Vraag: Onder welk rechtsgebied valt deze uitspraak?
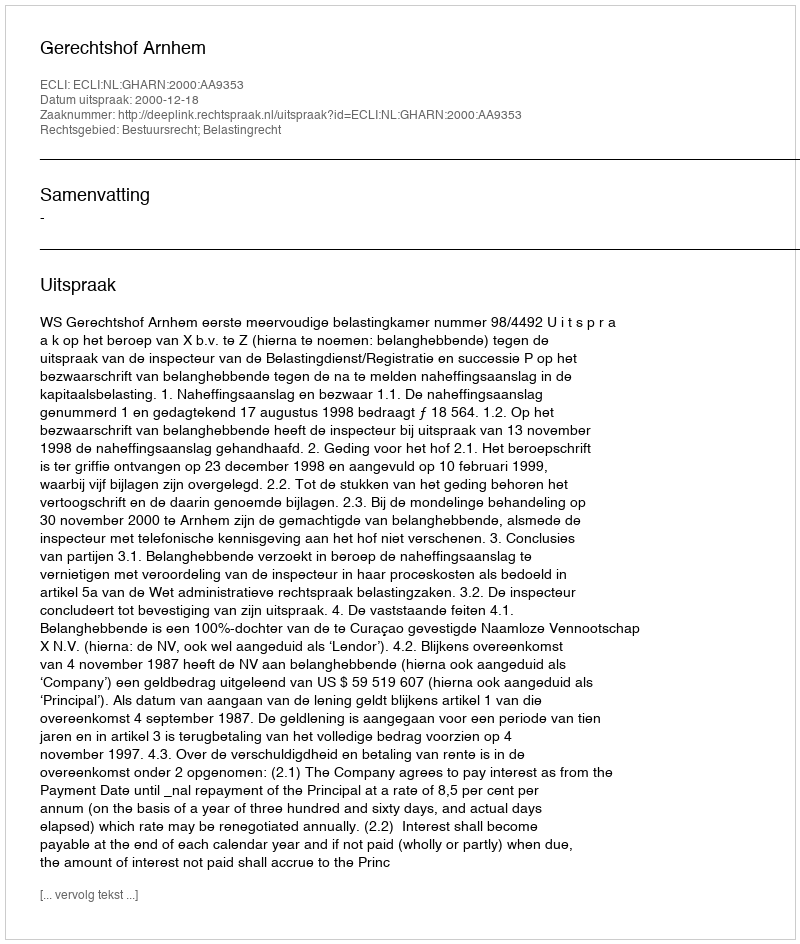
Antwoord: Bestuursrecht; Belastingrecht